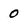
Character: 0